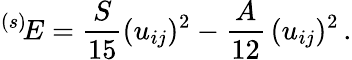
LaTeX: {}^{(s)}\! E=\frac S{15}(u_{ij})^{2}-\frac{A}{12}\, (u_{ij})^{2}\, .